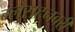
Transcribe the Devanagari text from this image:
ग्लैसटनबरी